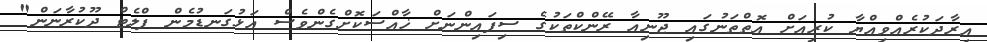
އިރާދަކުރެއްވިއްޔާ ކުރިއަށް އޮތްތަނުގައި ޖޫނިއާ ރޭންކްތަކުގެ ސިފައިންނަށް ޚާއްސަކޮށްގެންވެސް އަޅުގަނޑުމެން ފްލެޓް ދޫކުރާނަން"